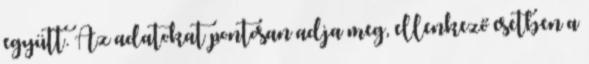
együtt. Az adatokat pontosan adja meg, ellenkező esetben a